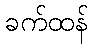
ခက်ထန်